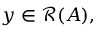
y \in { \mathcal { R } } ( A ) ,